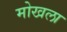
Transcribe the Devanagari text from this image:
मोखला